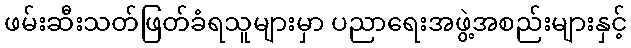
ဖမ်းဆီးသတ်ဖြတ်ခံရသူများမှာ ပညာရေးအဖွဲ့အစည်းများနှင့်